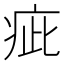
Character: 疵